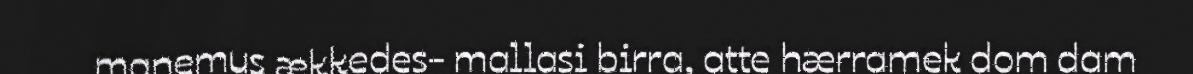
manemus ækkedes- mallasi birra, atte hærramek dom dam